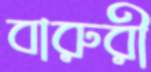
বারুরী